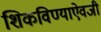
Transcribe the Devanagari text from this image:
शिकविण्याऐवजी